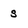
Character: s